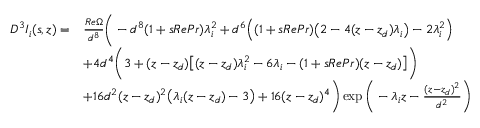
\begin{array} { r l } { D ^ { 3 } I _ { i } ( s , z ) = } & { \frac { R e \Omega } { d ^ { 8 } } \Bigg ( - d ^ { 8 } ( 1 + s R e P r ) \lambda _ { i } ^ { 2 } + d ^ { 6 } \Big ( ( 1 + s R e P r ) \big ( 2 - 4 ( z - z _ { d } ) \lambda _ { i } \big ) - 2 \lambda _ { i } ^ { 2 } \Big ) } \\ & { + 4 d ^ { 4 } \bigg ( 3 + ( z - z _ { d } ) \big [ ( z - z _ { d } ) \lambda _ { i } ^ { 2 } - 6 \lambda _ { i } - ( 1 + s R e P r ) ( z - z _ { d } ) \big ] \bigg ) } \\ & { + 1 6 d ^ { 2 } ( z - z _ { d } ) ^ { 2 } \big ( \lambda _ { i } ( z - z _ { d } ) - 3 \big ) + 1 6 ( z - z _ { d } ) ^ { 4 } \Bigg ) \exp \bigg ( - \lambda _ { i } z - \frac { ( z - z _ { d } ) ^ { 2 } } { d ^ { 2 } } \bigg ) } \end{array}